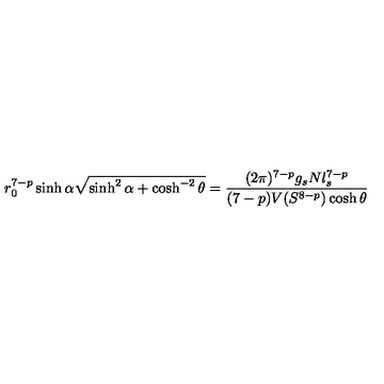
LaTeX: r _ { 0 } ^ { 7 - p } \sinh \alpha \sqrt { \sinh ^ { 2 } \alpha + \cosh ^ { - 2 } \theta } = \frac { ( 2 \pi ) ^ { 7 - p } g _ { s } N l _ { s } ^ { 7 - p } } { ( 7 - p ) V ( S ^ { 8 - p } ) \cosh \theta }